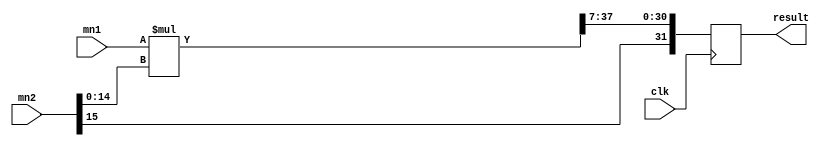
`timescale 1ns / 1ps

module mult 
#(
	parameter N1 = 24, 	// 1 
	parameter N2 = 16,    // 2 
	parameter N_RES = 32  //   
)
(
	input clk,
	input	 [N1-1:0]	mn1, 
	input	 [N2-1:0]	mn2,
	output [N_RES-1:0]	result
);

	localparam PODGON = N1+N2-3;    //,    
	
	reg [(N1+N2)-1:0]	mult_res;	// 
	reg [N_RES-1:0]	result_r;      //  N_RES  
	
	assign result = result_r;	

	always @(posedge clk)	begin						
		mult_res = mn1[N1-1:0] * mn2[N2-2:0];   // 2  (  )												
		result_r[N_RES-1] = mn2[N2-1];	          //  
		result_r[N_RES-2:0] = mult_res[PODGON:PODGON-N_RES+2];
	end

endmodule